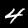
Label: 4